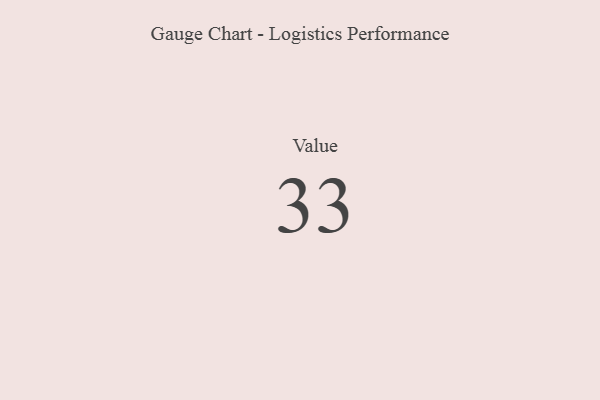
{"axis": {"x": "Metric", "y": "Value"}, "legend": [""], "data": [{"x": "Value", "y": 33, "type": ""}]}